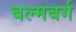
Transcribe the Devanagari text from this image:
बल्मबर्ग